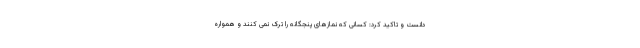
دانست و تاکید کرد: کسانی که نمازهای پنجگانه را ترک نمی کنند و همواره